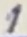
Text: 1